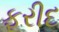
ફરીદ